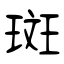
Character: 斑